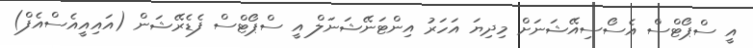
އީ ސްޕޯޓްސް އެސޯސިއޭޝަނަށް މިދިޔަ އަހަރު އިންޓަނޭޝަނަލް އީ ސްޕޯޓްސް ފެޑެރޭޝަން (އައިއީއެސްއެފް)